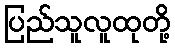
ပြည်သူလူထုတို့